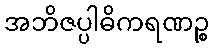
အဘိဇပ္ပါဓိကရဏဉ္စ